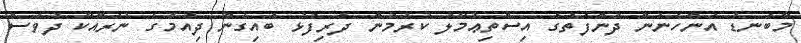
މާބަނޑު އަންހެނުން ދުންފަތުގެ އިސްތިޢުމާލު ކުރުމުން ދަރިފުޅު ބައިގެން ދިއުމުގެ ނުރައްކާ ދުވަސް